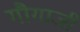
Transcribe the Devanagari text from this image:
गौगाजी